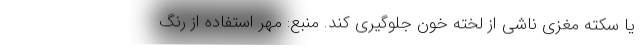
یا سکته مغزی ناشی از لخته خون جلوگیری کند. منبع: مهر استفاده از رنگ